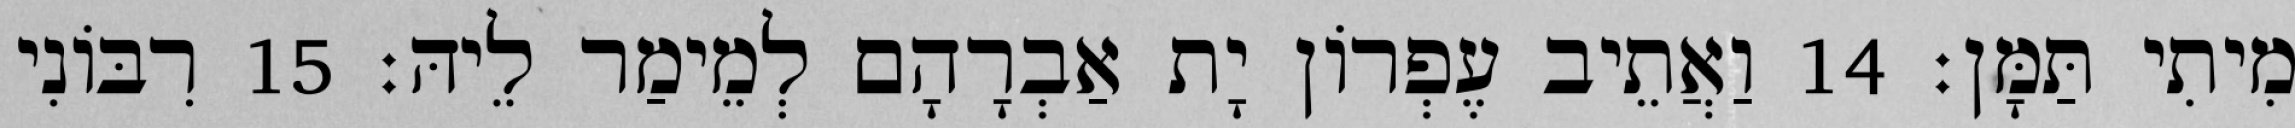
מִיתִי תַּמָּן׃ 14 וַאֲתֵיב עֶפְרוֹן יָת אַבְרָהָם לְמֵימַר לֵיהּ׃ 15 רִבּוֹנִי